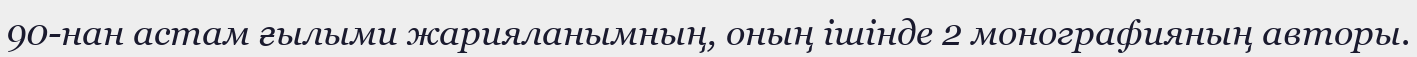
90-нан астам ғылыми жарияланымның, оның ішінде 2 монографияның авторы.